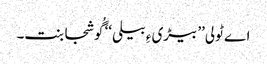
اے ٹولی’’ بیڑی ءِ بیلی‘‘ گُوشجابنت۔